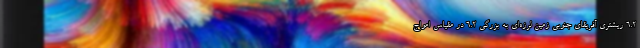
6.2 ریشتری آفریقای جنوبی زمین لرزه‌ای به بزرگی ۶.۲ در مقیاس امواج